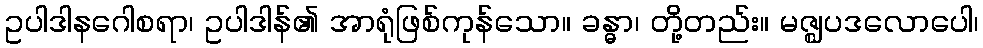
ဥပါဒါနဂေါစရာ၊ ဥပါဒါန်၏ အာရုံဖြစ်ကုန်သော။ ခန္ဓာ၊ တို့တည်း။ မဇ္ဈပဒလောပေါ၊